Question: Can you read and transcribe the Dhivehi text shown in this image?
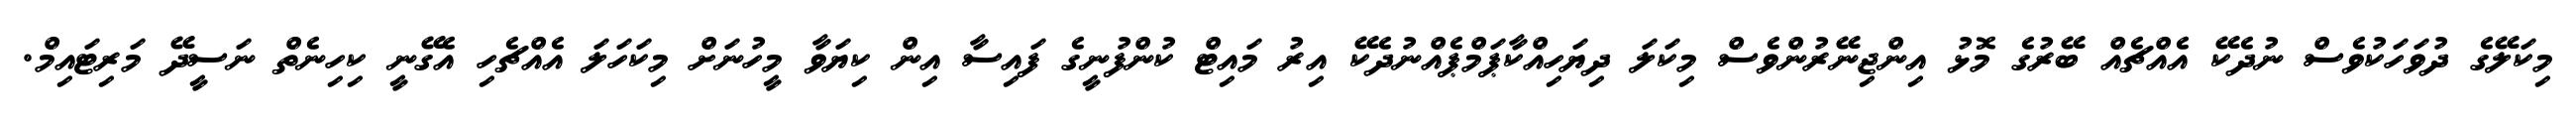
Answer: މިކަލޭގެ ދުވަހަކުވެސް ނުދެކޭ އެއްޗެއް ބޭރުގެ މޮޅު އިންޖިނޭރުންވެސް މިކަލަ ދިޔަހިއްކާޕަމްޕެއްނުދެކޭ އިރު މައިޓް ކުންފުނީގެ ފައިސާ އިން ކިޔަވާ މީހުނަށް މިކަހަލަ އެއްޗެހި އެގޭނީ ކިހިނެތް ނަސީދޭ މަރިޓައިމް.